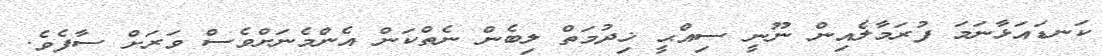
ކަނޑައަޅާނަމަ ފުރަމާލެއިން ނޫނީ ސިއްޙީ ޚިދުމަތް ލިބެން ނެތްކަން އެންމެނަށްވެސް ވަރަށް ސާފެވެ.